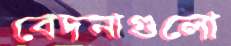
বেদনাগুলো